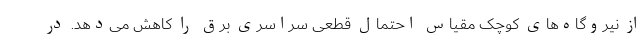
از نیروگاه‌های کوچک مقیاس احتمال قطعی سراسری برق را کاهش می‌دهد. در